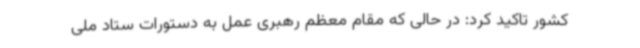
کشور تاکید کرد: در حالی که مقام معظم رهبری عمل به دستورات ستاد ملی